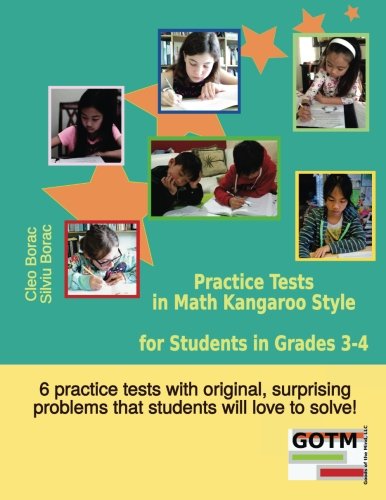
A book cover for Practice Tests in Math Kangaroo Style for Students in Grades 3-4 (Math Challenges for Gifted Students) (Volume 2); Cleo Borac; Science & Math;